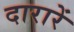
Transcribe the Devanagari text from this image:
दारारें